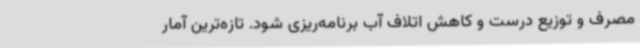
مصرف و توزیع درست و کاهش اتلاف آب برنامه‌ریزی شود. تازه‌ترین آمار